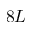
8 L